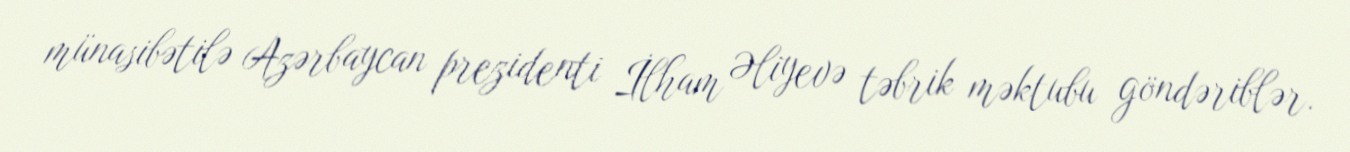
münasibətilə Azərbaycan prezidenti İlham Əliyevə təbrik məktubu göndəriblər.